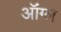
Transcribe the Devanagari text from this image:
ऑंग्ल